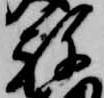
祢